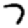
Digit: 7